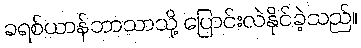
ခရစ်ယာန်ဘာသာသို့ ပြောင်းလဲနိုင်ခဲ့သည်။